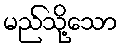
မည်သို့သော